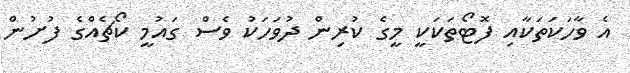
އެ ވާހަކަތަކާއި ފޮޓޯތަކަކީ މީގެ ކުރިން ދުވަހަކު ވެސް ގައުމީ ކޯޗެއްގެ ފުށުން